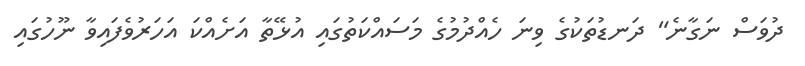
ދުވަސް ނަގާނެ" ދަނޑުތަކުގެ ވިނަ ހެއްދުމުގެ މަސައްކަތުގައި އުޅޭތާ އަށެއްކަ އަހަރުވެފައިވާ ނޫހުގައި